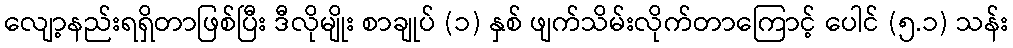
လျော့နည်းရရှိတာဖြစ်ပြီး ဒီလိုမျိုး စာချုပ် (၁) နှစ် ဖျက်သိမ်းလိုက်တာကြောင့် ပေါင် (၅.၁) သန်း